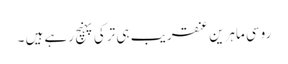
روسی ماہرین عنقریب ہی ترکی پہنچ رہے ہیں ۔